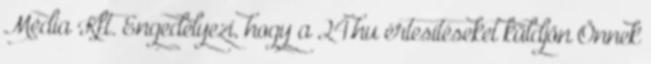
Média Kft. Engedélyezi, hogy a 24.hu értesítéseket küldjön Önnek